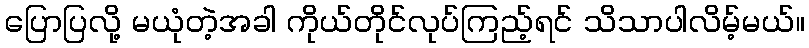
ပြောပြလို့ မယုံတဲ့အခါ ကိုယ်တိုင်လုပ်ကြည့်ရင် သိသာပါလိမ့်မယ်။